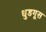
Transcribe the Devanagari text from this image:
धुडगूस